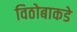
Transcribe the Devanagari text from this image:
विठोबाकडे